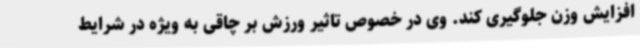
افزایش وزن جلوگیری کند. وی در خصوص تاثیر ورزش بر چاقی به ویژه در شرایط